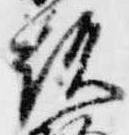
顕